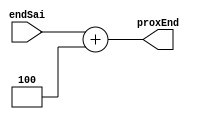
module soma (input wire [31:0] endSai, output wire [31:0] proxEnd);

	assign proxEnd = endSai + 4'b0100;
	
endmodule

//modulo q soma 4